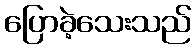
ပြောခဲ့သေးသည်